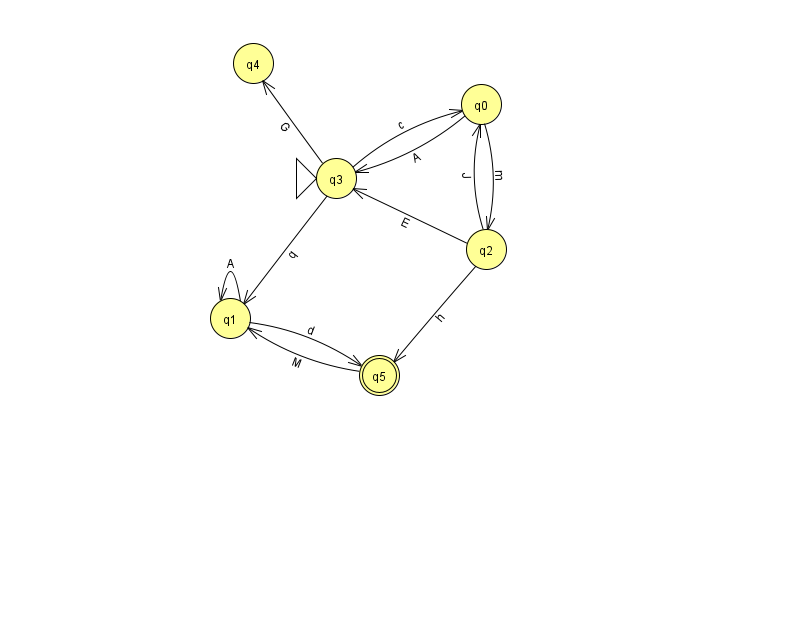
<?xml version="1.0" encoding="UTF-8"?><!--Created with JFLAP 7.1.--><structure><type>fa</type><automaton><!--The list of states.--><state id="0" name="q0"><x>481.0</x><y>91.0</y></state><state id="1" name="q1"><x>230.0</x><y>305.0</y></state><state id="2" name="q2"><x>486.0</x><y>236.0</y></state><state id="3" name="q3"><x>336.0</x><y>165.0</y><initial/></state><state id="4" name="q4"><x>253.0</x><y>50.0</y></state><state id="5" name="q5"><x>379.0</x><y>362.0</y><final/></state><!--The list of transitions.--><transition><from>1</from><to>5</to><read>d</read></transition><transition><from>2</from><to>3</to><read>E</read></transition><transition><from>1</from><to>1</to><read>A</read></transition><transition><from>0</from><to>2</to><read>m</read></transition><transition><from>3</from><to>4</to><read>G</read></transition><transition><from>2</from><to>0</to><read>J</read></transition><transition><from>3</from><to>1</to><read>q</read></transition><transition><from>3</from><to>0</to><read>c</read></transition><transition><from>5</from><to>1</to><read>M</read></transition><transition><from>0</from><to>3</to><read>A</read></transition><transition><from>2</from><to>5</to><read>h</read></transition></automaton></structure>